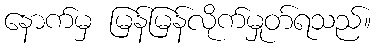
နောက်မှ မြန်မြန်လိုက်မှုတ်ရသည်။